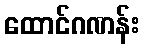
ထောင်ဂဏန်း